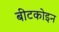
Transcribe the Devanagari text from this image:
बीटकोइन